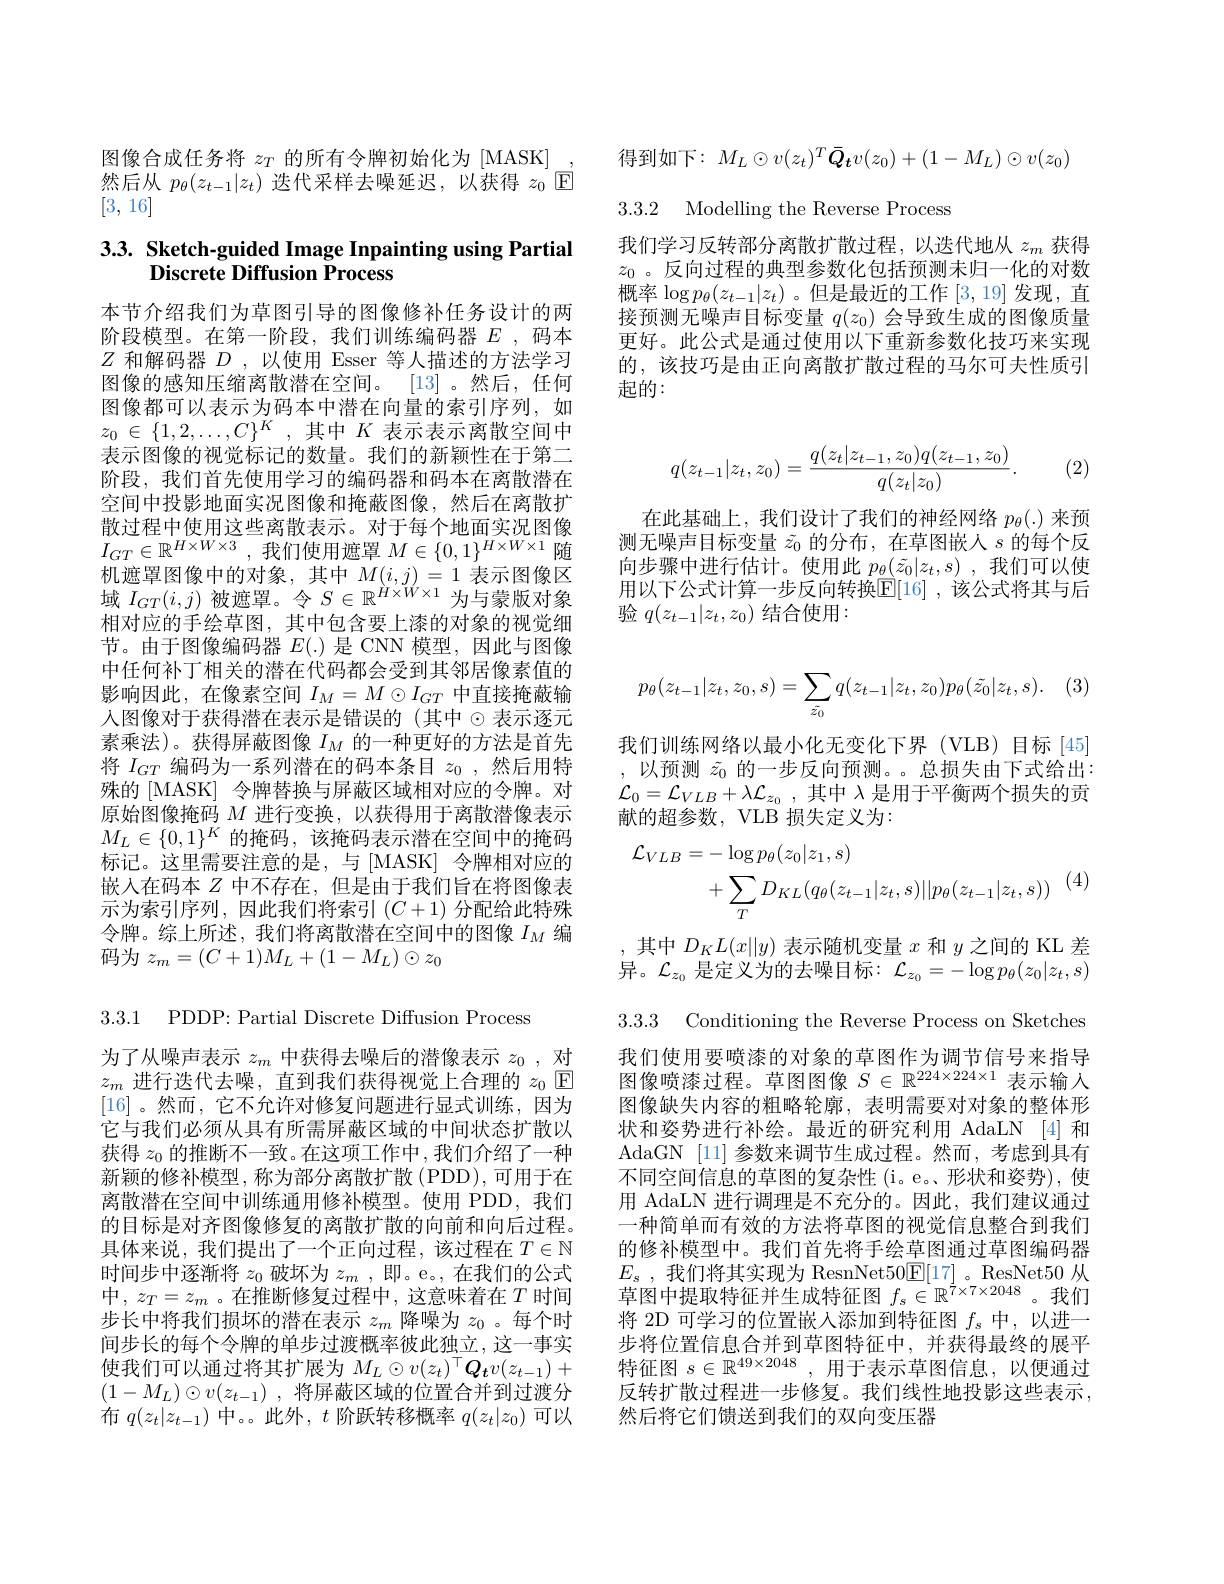
图像合成任务将$z_T$的所有令牌初始化为[MASK]
然后从$p_\theta(z_{t-1}|z_t)$迭代采样去噪延迟，以获得$z_0$回
[3,16]

## $3. 3. \textbf{ Sketch- guided Image Inpainting using Partial}$ Discrete Diffusion Process

本节介绍我们为草图引导的图像修补任务设计的两阶段模型。在第一阶段，我们训练编码器$E$ ,码本$Z$和解码器$D$ ,以使用 Esser 等人描述的方法学习图像的感知压缩离散潜在空间。[13] 。然后，任何图像都可以表示为码本中潜在向量的索引序列，如$z_0\in\{1,2,\ldots,C\}^K$,其中$K$ 表示表示离散空间中表示图像的视觉标记的数量。我们的新颖性在于第二阶段，我们首先使用学习的编码器和码本在离散潜在空间中投影地面实况图像和掩蔽图像，然后在离散扩散过程中使用这些离散表示。对于每个地面实况图像$I_{GT}\in\mathbb{R}^{H\times W\times3}$,我们使用遮罩$M\in\{0,1\}^H\times W\times1$随机遮罩图像中的对象，其中$M(i,j)=1$表示图像区域$I_GT(i,j)$被遮罩。令$S\in\mathbb{R}^H\times W\times1$为与蒙版对象相对应的手绘草图，其中包含要上漆的对象的视觉细节。由于图像编码器$E(.)$是 CNN 模型，因此与图像中任何补丁相关的潜在代码都会受到其邻居像素值的影响因此，在像素空间$I_M=M\odot I_{GT}$中直接掩蔽输入图像对于获得潜在表示是错误的(其中$\odot$表示逐元素乘法)。获得屏蔽图像$I_M$的一种更好的方法是首先将$I_{GT}$编码为一系列潜在的码本条目$z_0$ ,然后用特殊的 [MASK] 令牌替换与屏蔽区域相对应的令牌。对原始图像掩码$M$进行变换，以获得用于离散潜像表示$M_L\in\{0,1\}^K$的掩码，该掩码表示潜在空间中的掩码标记。这里需要注意的是，与[MASK] 令牌相对应的嵌入在码本$Z$中不存在，但是由于我们旨在将图像表示为索引序列，因此我们将索引(C+1)分配给此特殊令牌。综上所述，我们将离散潜在空间中的图像$I_M$编码为$z_m=(C+1)M_L+(1-M_L)\odot z_0$

3.3.1 PDDP: Partial Discrete Diffusion Process

为了从噪声表示$z_m$中获得去噪后的潜像表示$z_0$,对$z_m$进行迭代去噪，直到我们获得视觉上合理的$z_0$ $\boxed{\mathrm{F}}$ [16]。然而，它不允许对修复问题进行显式训练，因为它与我们必须从具有所需屏蔽区域的中间状态扩散以获得$z_0$的推断不一致。在这项工作中，我们介绍了一种新颖的修补模型，称为部分离散扩散(PDD),可用于在离散潜在空间中训练通用修补模型。使用 PDD,我们的目标是对齐图像修复的离散扩散的向前和向后过程。具体来说，我们提出了一个正向过程，该过程在$T\in\mathbb{N}$ 时间步中逐渐将$z_0$破坏为$z_m$ ,即。e。,在我们的公式中，$z_T=z_m$ 。在推断修复过程中，这意味着在$T$时间步长中将我们损坏的潜在表示$z_m$降噪为$z_0$ 。每个时间步长的每个令牌的单步过渡概率彼此独立，这一事实使我们可以通过将其扩展为$M_L\odot v(z_t)^\top\boldsymbol{Q}_tv(z_{t-1})+$ $( 1- M_L) \odot v( z_{t- 1})$ ,将屏蔽区域的位置合并到过渡分布$q(z_t|z_{t-1})$中。。此外，$t$阶跃转移概率$q(z_t|z_0)$可以

得到如下：$M_L\odot v(z_t)^T\bar{\boldsymbol{Q}}_tv(z_0)+(1-M_L)\odot v(z_0)$
3.3.2 Modelling the Reverse Process

我们学习反转部分离散扩散过程，以迭代地从$z_m$获得$z_0$ 。反向过程的典型参数化包括预测未归一化的对数概率$\log p_\theta(z_{t-1}|z_t)$ 。但是最近的工作[3,19]发现，直接预测无噪声目标变量$q(z_0)$会导致生成的图像质量更好。此公式是通过使用以下重新参数化技巧来实现的，该技巧是由正向离散扩散过程的马尔可夫性质引起的：
$$q(z_{t-1}|z_t,z_0)=\frac{q(z_t|z_{t-1},z_0)q(z_{t-1},z_0)}{q(z_t|z_0)}.$$
(2)

在此基础上，我们设计了我们的神经网络$p_\theta(.)$来预测无噪声目标变量$\tilde{z}_0$的分布，在草图嵌人$s$的每个反向步骤中进行估计。使用此$p_\theta(\tilde{z}_0|z_t,s)$ ,我们可以使用以下公式计算一步反向转换$\mathbb{E}[16]$ ,该公式将其与后验 $q(z_{t-1}|z_t,z_0)$ 结合使用：
$$p_\theta(z_{t-1}|z_t,z_0,s)=\sum_{\tilde{z_0}}q(z_{t-1}|z_t,z_0)p_\theta(\tilde{z_0}|z_t,s).$$
我们训练网络以最小化无变化下界(VLB)目标[45] ,以预测$\tilde{z}_0$的一步反向预测。。总损失由下式给出：

$\mathcal{L} _0= \mathcal{L} _{VLB}+ \lambda \mathcal{L} _{z_0}$ , 其中 $\lambda$ 是用于平衡两个损失的贡
献的超参数，VLB 损失定义为：
$$\begin{aligned}\mathcal{L}_{VLB}&=-\log p_{\theta}(z_{0}|z_{1},s)\\&+\sum_{T}D_{KL}(q_{\theta}(z_{t-1}|z_{t},s)||p_{\theta}(z_{t-1}|z_{t},s))\end{aligned}$$
3.3.3 Conditioning the Reverse Process on Sketches

,其中$D_KL(x\|y)$表示随机变量$x$和$y$之间的 KL 差异。$\mathcal{L}_z_0$是定义为的去噪目标：$\mathcal{L}_z_0=-\log p_\theta(z_0|z_t,s)$ 我们使用要喷漆的对象的草图作为调节信号来指导图像喷漆过程。草图图像$S\in\mathbb{R}^{224\times224\times1}$表示输入图像缺失内容的粗略轮廓，表明需要对对象的整体形状和姿势进行补绘。最近的研究利用 AdaLN [4] 和AdaGN [11] 参数来调节生成过程。然而，考虑到具有不同空间信息的草图的复杂性 (i。e。、形状和姿势),使用 AdaLN 进行调理是不充分的。因此，我们建议通过一种简单而有效的方法将草图的视觉信息整合到我们的修补模型中。我们首先将手绘草图通过草图编码器$E_{s}$ ,我们将其实现为 ResnNet$50\underline{\mathrm{E}}[17]$。ResNet50 从草图中提取特征并生成特征图$f_s\in\mathbb{R}^{\tilde{7}\times7\times2048}$。我们将 2D 可学习的位置嵌入添加到特征图$f_s$中，以进一步将位置信息合并到草图特征中，并获得最终的展平特征图$s\in\mathbb{R}^{49\times2048}$,用于表示草图信息，以便通过反转扩散过程进一步修复。我们线性地投影这些表示， 然后将它们馈送到我们的双向变压器